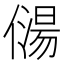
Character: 𠎯